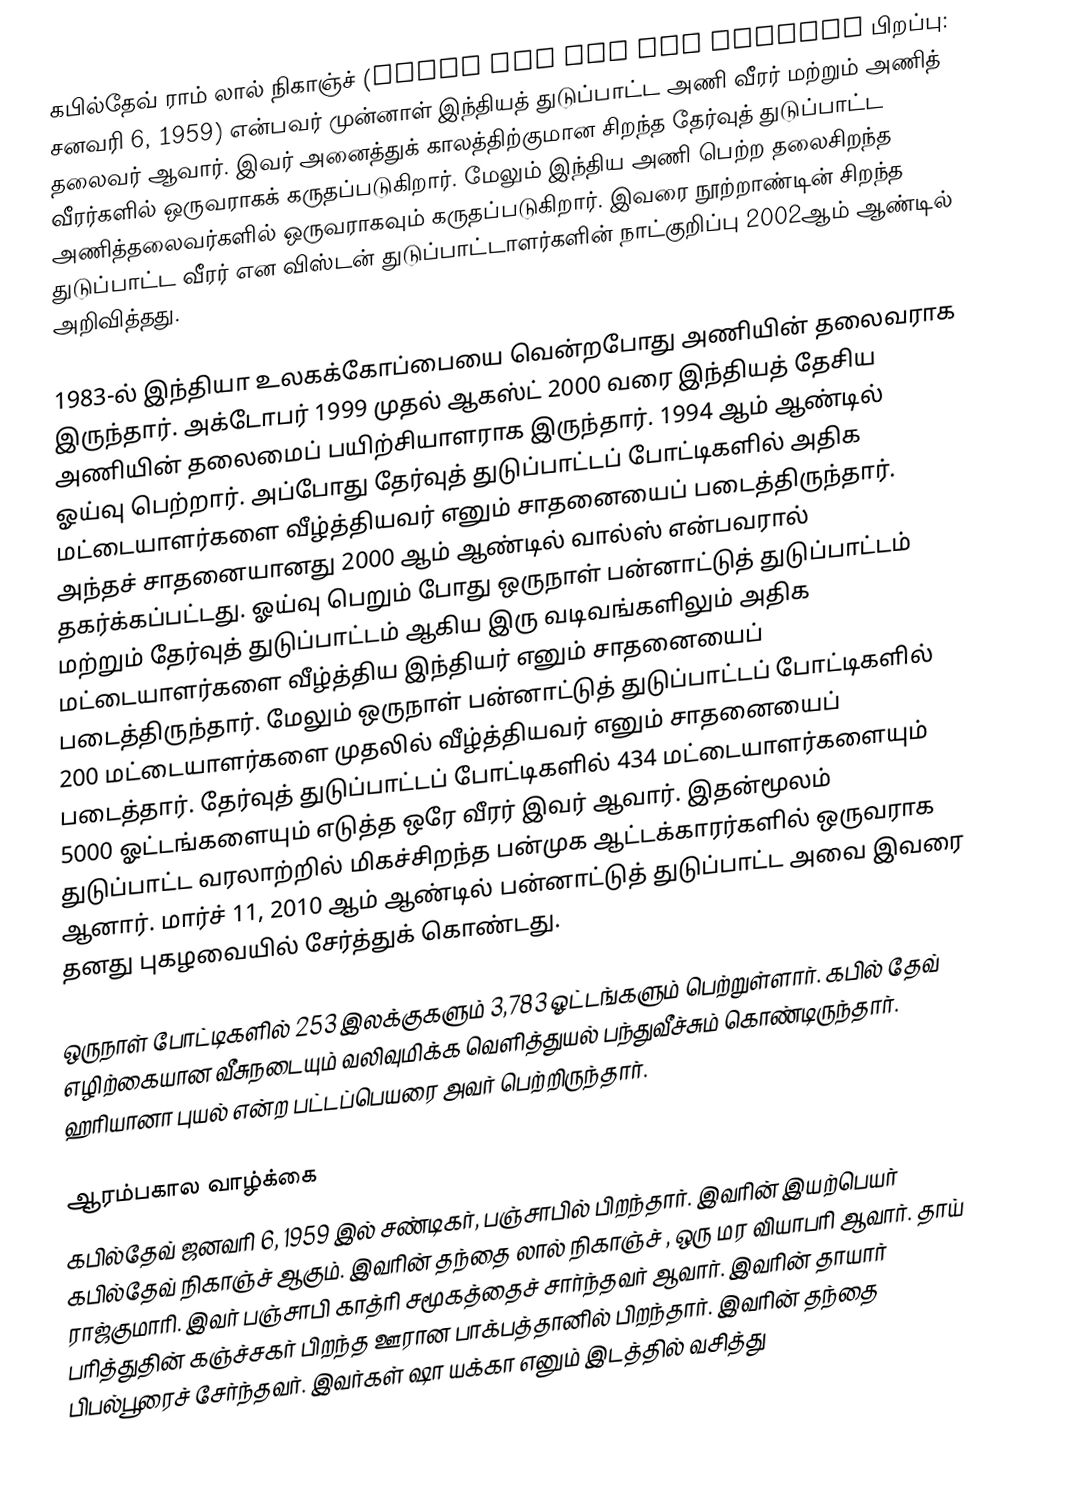
கபில்தேவ் ராம் லால் நிகாஞ்ச்  (Kapil Dev Ram Lal Nikhanj பிறப்பு: சனவரி 6, 1959) என்பவர் முன்னாள்  இந்தியத் துடுப்பாட்ட அணி வீரர் மற்றும் அணித் தலைவர் ஆவார். இவர் அனைத்துக் காலத்திற்குமான சிறந்த தேர்வுத் துடுப்பாட்ட வீரர்களில் ஒருவராகக் கருதப்படுகிறார். மேலும் இந்திய அணி பெற்ற தலைசிறந்த அணித்தலைவர்களில் ஒருவராகவும் கருதப்படுகிறார். இவரை நூற்றாண்டின் சிறந்த துடுப்பாட்ட வீரர் என விஸ்டன் துடுப்பாட்டாளர்களின் நாட்குறிப்பு 2002ஆம் ஆண்டில் அறிவித்தது.

1983-ல் இந்தியா உலகக்கோப்பையை வென்றபோது அணியின் தலைவராக இருந்தார். அக்டோபர் 1999 முதல் ஆகஸ்ட் 2000 வரை இந்தியத் தேசிய அணியின் தலைமைப் பயிற்சியாளராக இருந்தார். 1994 ஆம் ஆண்டில் ஓய்வு பெற்றார். அப்போது தேர்வுத் துடுப்பாட்டப் போட்டிகளில் அதிக மட்டையாளர்களை வீழ்த்தியவர் எனும் சாதனையைப் படைத்திருந்தார். அந்தச் சாதனையானது 2000 ஆம் ஆண்டில் வால்ஸ் என்பவரால் தகர்க்கப்பட்டது. ஓய்வு பெறும் போது ஒருநாள் பன்னாட்டுத் துடுப்பாட்டம் மற்றும் தேர்வுத் துடுப்பாட்டம் ஆகிய இரு வடிவங்களிலும் அதிக மட்டையாளர்களை வீழ்த்திய இந்தியர் எனும் சாதனையைப் படைத்திருந்தார். மேலும் ஒருநாள் பன்னாட்டுத் துடுப்பாட்டப் போட்டிகளில் 200 மட்டையாளர்களை முதலில் வீழ்த்தியவர் எனும் சாதனையைப் படைத்தார். தேர்வுத் துடுப்பாட்டப் போட்டிகளில் 434 மட்டையாளர்களையும் 5000 ஓட்டங்களையும் எடுத்த ஒரே வீரர் இவர் ஆவார். இதன்மூலம் துடுப்பாட்ட வரலாற்றில் மிகச்சிறந்த பன்முக ஆட்டக்காரர்களில் ஒருவராக ஆனார். மார்ச் 11, 2010 ஆம் ஆண்டில் பன்னாட்டுத் துடுப்பாட்ட அவை இவரை தனது புகழவையில் சேர்த்துக் கொண்டது.

ஒருநாள் போட்டிகளில் 253 இலக்குகளும் 3,783 ஓட்டங்களும் பெற்றுள்ளார். கபில் தேவ் எழிற்கையான வீசுநடையும் வலிவுமிக்க வெளித்துயல் பந்துவீச்சும் கொண்டிருந்தார். ஹரியானா புயல் என்ற பட்டப்பெயரை அவர் பெற்றிருந்தார்.

ஆரம்பகால வாழ்க்கை
கபில்தேவ் ஜனவரி 6, 1959 இல் சண்டிகர், பஞ்சாபில் பிறந்தார். இவரின் இயற்பெயர் கபில்தேவ் நிகாஞ்ச் ஆகும். இவரின் தந்தை லால் நிகாஞ்ச் , ஒரு மர வியாபரி ஆவார். தாய் ராஜ்குமாரி.  இவர் பஞ்சாபி காத்ரி சமூகத்தைச் சார்ந்தவர் ஆவார். இவரின் தாயார் பரித்துதின் கஞ்ச்சகர் பிறந்த ஊரான பாக்பத்தானில் பிறந்தார். இவரின் தந்தை பிபல்பூரைச் சேர்ந்தவர். இவர்கள் ஷா யக்கா எனும் இடத்தில் வசித்து